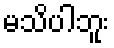
မသိပါဘူး